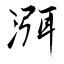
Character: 渳